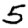
Digit: 5